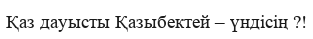
Қаз дауысты Қазыбектей – үндісің ?!